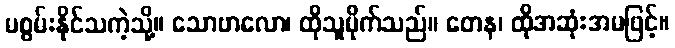
မစွမ်းနိုင်သကဲ့သို့။ သောဗာလော၊ ထိုသူမိုက်သည်။ တေန၊ ထိုအဆုံးအမဖြင့်။